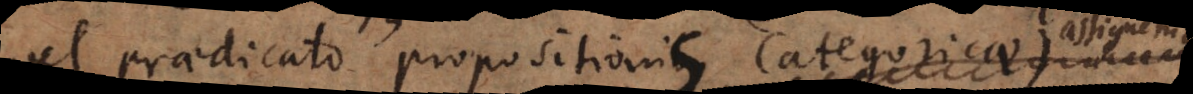
vel praedicato propositionis categoricae)